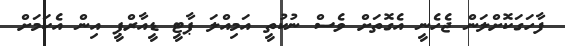
ފާހަގަކޮށްލަން ޖެހެނީ އެގޮތަށް ވެސް ނުކުތީ އަމިއްލަ ޕާޓީ ޑީއާރްޕީ އިން އެކަމަށް